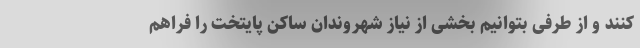
کنند و از طرفی بتوانیم بخشی از نیاز شهروندان ساکن پایتخت را فراهم